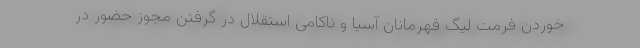
خوردن فرمت لیگ قهرمانان آسیا و ناکامی استقلال در گرفتن مجوز حضور در